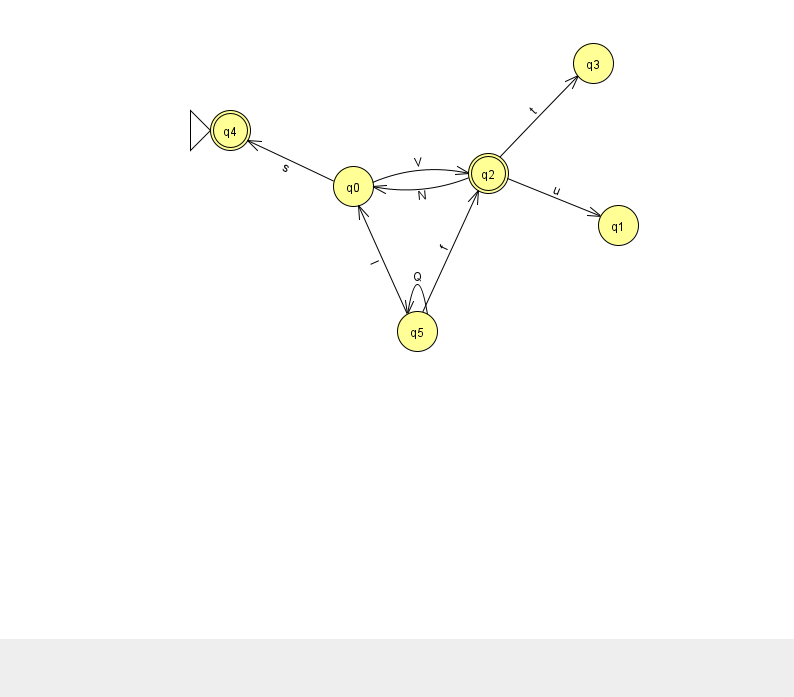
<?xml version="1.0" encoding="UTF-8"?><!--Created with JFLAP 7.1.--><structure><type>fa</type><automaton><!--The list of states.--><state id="0" name="q0"><x>353.0</x><y>173.0</y></state><state id="1" name="q1"><x>618.0</x><y>212.0</y></state><state id="2" name="q2"><x>488.0</x><y>160.0</y><final/></state><state id="3" name="q3"><x>593.0</x><y>50.0</y></state><state id="4" name="q4"><x>230.0</x><y>117.0</y><initial/><final/></state><state id="5" name="q5"><x>417.0</x><y>318.0</y></state><!--The list of transitions.--><transition><from>5</from><to>2</to><read>f</read></transition><transition><from>5</from><to>5</to><read>Q</read></transition><transition><from>0</from><to>2</to><read>V</read></transition><transition><from>0</from><to>4</to><read>s</read></transition><transition><from>2</from><to>1</to><read>u</read></transition><transition><from>2</from><to>3</to><read>t</read></transition><transition><from>2</from><to>0</to><read>N</read></transition><transition><from>5</from><to>0</to><read>I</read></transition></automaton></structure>